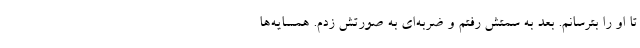
تا او را بترسانم. بعد به سمتش رفتم و ضربه‌ای به ‌صورتش زدم. همسایه‌ها